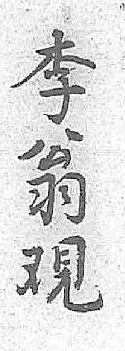
李翁覌